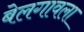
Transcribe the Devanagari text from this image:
बेलगावला